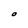
Character: O